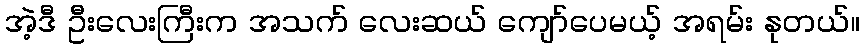
အဲ့ဒီ ဦးလေးကြီးက အသက် လေးဆယ် ကျော်ပေမယ့် အရမ်း နုတယ်။